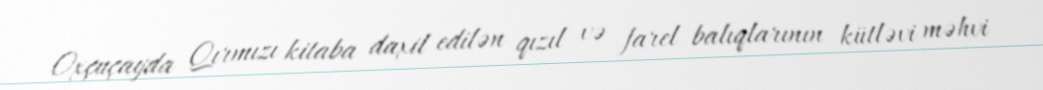
Oxçuçayda Qırmızı kitaba daxil edilən qızıl və farel balıqlarının kütləvi məhvi